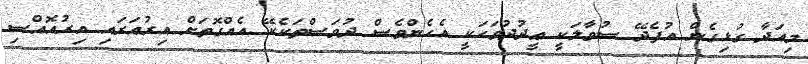
މިއަދާ ގުޅިގެން އުފެދޭ ސުވާލަކީ ޢީދުދުވަހަކީ އެހެންވެސް ދުވަސްތަކެކޭ އެއްގޮތަށް އިރުއަރައި އިރުއޮއްސި